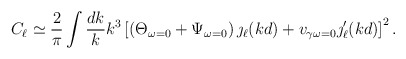
\begin{align*}C_{\ell}\simeq\frac{2}{\pi}\int\frac{dk}{k}k^3\left[\left(\Theta_{\omega=0}+\Psi_{\omega=0}\right)\jmath_{\ell}(kd)+v_{\gamma\omega=0}\jmath '_{\ell}(kd)\right]^2 .\end{align*}